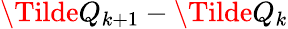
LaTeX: \Tilde{Q}_{k+1}-\Tilde{Q}_{k}